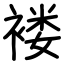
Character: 褛